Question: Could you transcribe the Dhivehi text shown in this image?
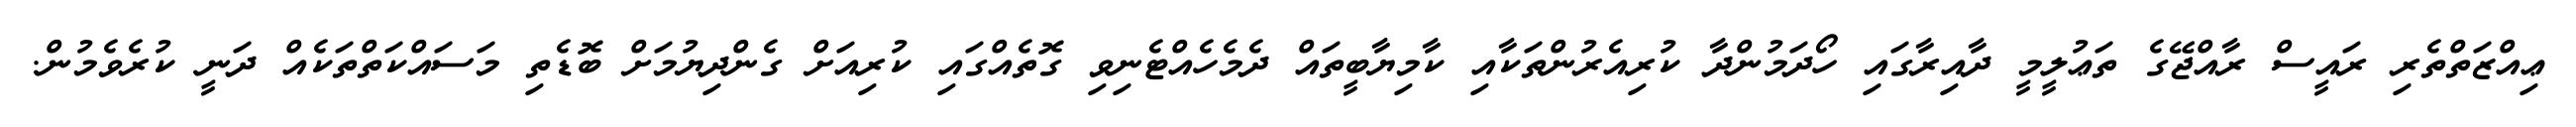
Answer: ޢިއްޒަތްތެރި ރައީސް ރާއްޖޭގެ ތަޢުލީމީ ދާއިރާގައި ހޯދަމުންދާ ކުރިއެރުންތަކާއި ކާމިޔާބީތައް ދެމެހެއްޓެނިވި ގޮތެއްގައި ކުރިއަށް ގެންދިޔުމަށް ބޮޑެތި މަސައްކަތްތަކެއް ދަނީ ކުރެވެމުން.